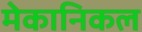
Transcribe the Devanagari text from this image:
मेकानिकल